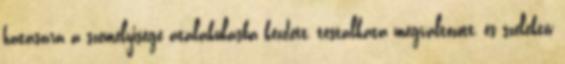
hatására a személyisége átalakulásba kezdett, testalkata megváltozott, és szelektív